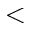
<